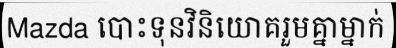
Mazda បោះទុនវិនិយោគរួមគ្នាម្នាក់